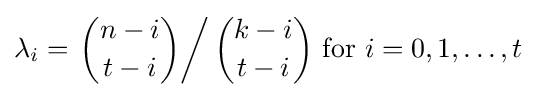
\lambda _{i}=\left.{\binom {n-i}{t-i}}\right/{\binom {k-i}{t-i}}{\text{ for }}i=0,1,\ldots ,t